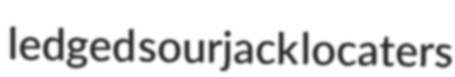
ledged sourjack locaters